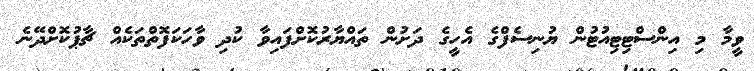
ވީމާ މި އިންސްޓިޓިއުޓުން ޔުނިސެފްގެ އެހީގެ ދަށުން ތައްޔާރުކޮށްފައިވާ ކުދި ވާހަކަފޮތްތަކެއް ޗާޕުކޮށްދޭނެ